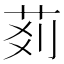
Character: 𦮓